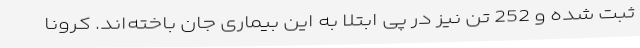
ثبت شده و 252 تن نیز در پی ابتلا به این بیماری جان باخته‌اند. کرونا